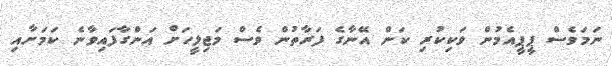
ނަމަވެސް ޕީޕީއެމުން ވަކިކުރި ކަން އޭނާގެ ފަރާތުން ވެސް މަޖިލީހަށް އަންގާފައިވާނެ ކަމަށާއި